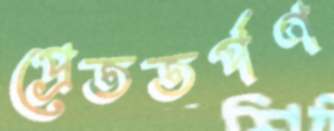
প্রেততর্পণ